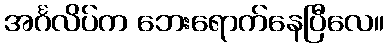
အင်္ဂလိပ်က ဘေးရောက်နေပြီလေ။